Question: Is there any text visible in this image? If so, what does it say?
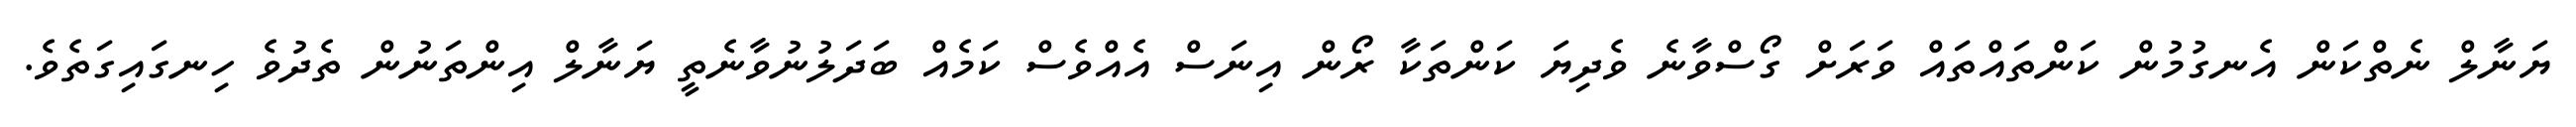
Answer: ޔަނާލް ނެތްކަން އެނގުމުން ކަންތައްތައް ވަރަށް ގޯސްވާނެ ވެދިޔަ ކަންތަކާ ރޯން އިނަސް އެއްވެސް ކަމެއް ބަދަލުނުވާނެތީ ޔަނާލް އިންތަނުން ތެދުވެ ހިނގައިގަތެވެ.